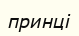
принці